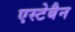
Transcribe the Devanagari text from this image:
एस्टेबैन